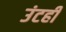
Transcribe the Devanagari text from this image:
उंटही